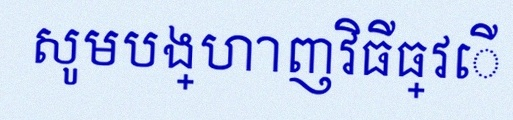
សូមបង្ហាញវិធីធ្វើ